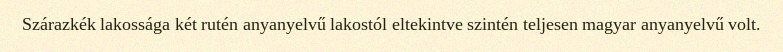
Szárazkék lakossága két rutén anyanyelvű lakostól eltekintve szintén teljesen magyar anyanyelvű volt.